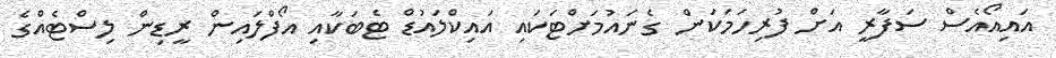
އައިއޯއެސް ސަފާރީ އަށް ފުރިހަމަކަން ގެނައުމަށްޓަކައި އައިކްލައުޑް ޓެބަކާއި އޯފްލައިން ރީޑިން ލިސްޓެއްގެ